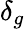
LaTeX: \delta_{g}